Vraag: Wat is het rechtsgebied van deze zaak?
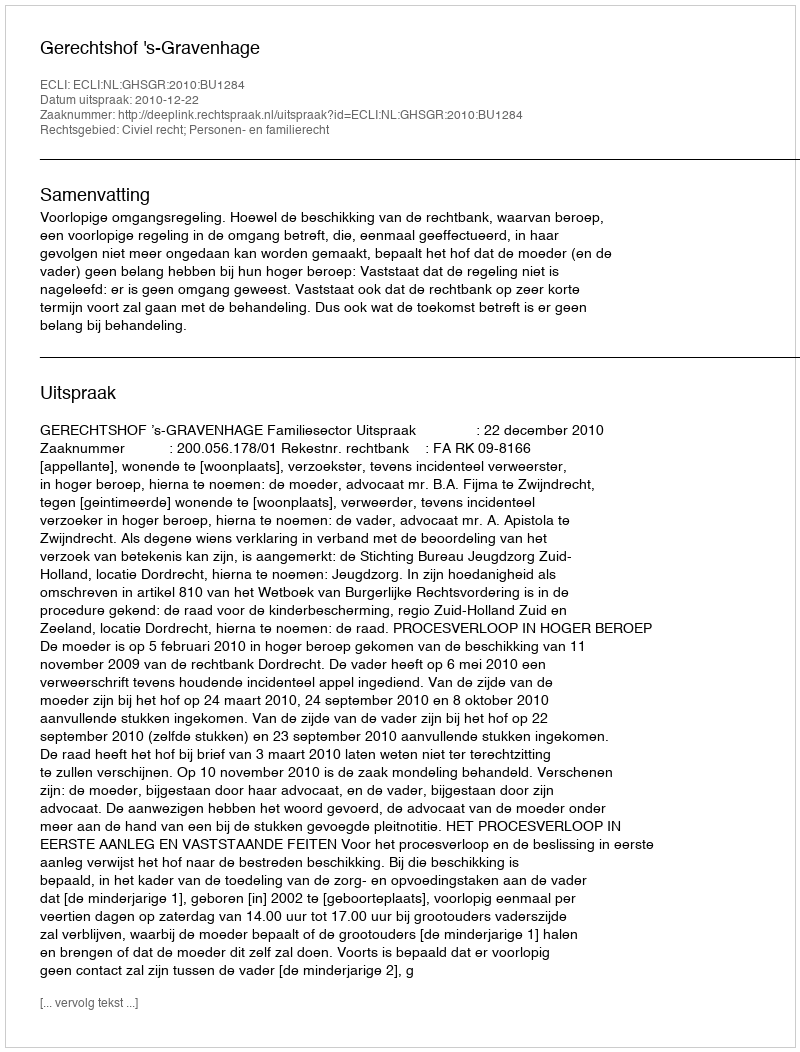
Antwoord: Civiel recht; Personen- en familierecht